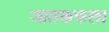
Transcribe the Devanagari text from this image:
जातकफला